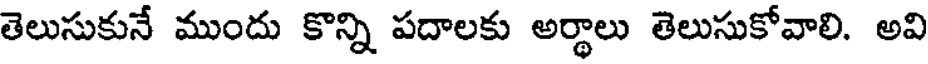
తెలుసుకునే ముందు కొన్ని పదాలకు అర్థాలు తెలుసుకోవాలి. అవి